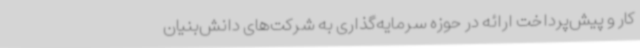
کار و پیش‌پرداخت ارائه در حوزه سرمایه‌گذاری به شرکت‌های دانش‌بنیان